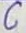
Text: C